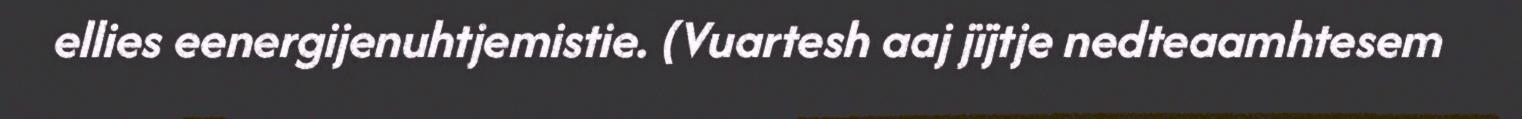
ellies eenergijenuhtjemistie. (Vuartesh aaj jïjtje nedteaamhtesem